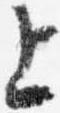
上